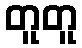
တူတူ